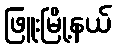
ဖြူးမြို့နယ်